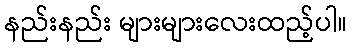
နည်းနည်း များများလေးထည့်ပါ။